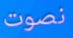
نصوت